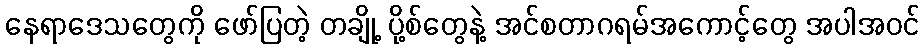
နေရာဒေသတွေကို ဖော်ပြတဲ့ တချို့ ပို့စ်တွေနဲ့ အင်စတာဂရမ်အကောင့်တွေ အပါအဝင်